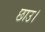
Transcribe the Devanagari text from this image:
छाउ।